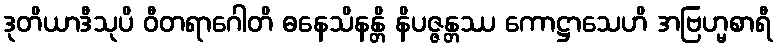
ဒုတိယာဒီသုပိ ဝီတရာဂေါတိ ဓနေသိနန္တိ နိပဇ္ဇန္တဿ ကောဋ္ဌာသေဟိ အဗြဟ္မစာရီ